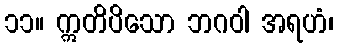
၁၁။ ဣတိပိသော ဘဂဝါ အရဟံ၊